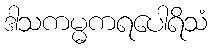
ဒါသကမ္မကရပေါရိသံ